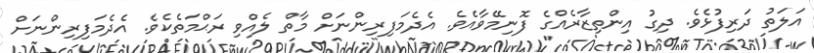
އަލަތު ދަރިފުޅެވެ. ދިގު އިންތިޒާރެއްގެ ފޮނިމޭވާއެވެ. އެދެމަފިރިންނަށް މާތް ލެއްވި ރަޙްމަތެކެވެ. އެދެމަފިރިންނަށް